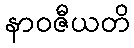
နာဝဇီယတိ